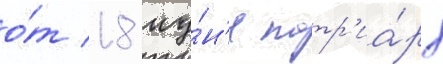
о́т 18 иу́н'я патр'иа́рх